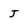
Character: J